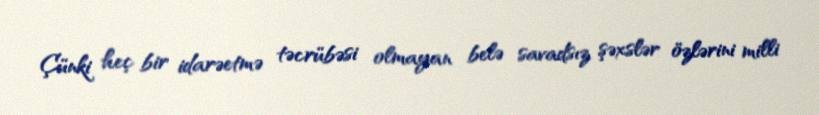
Çünki heç bir idarəetmə təcrübəsi olmayan belə savadsız şəxslər özlərini milli